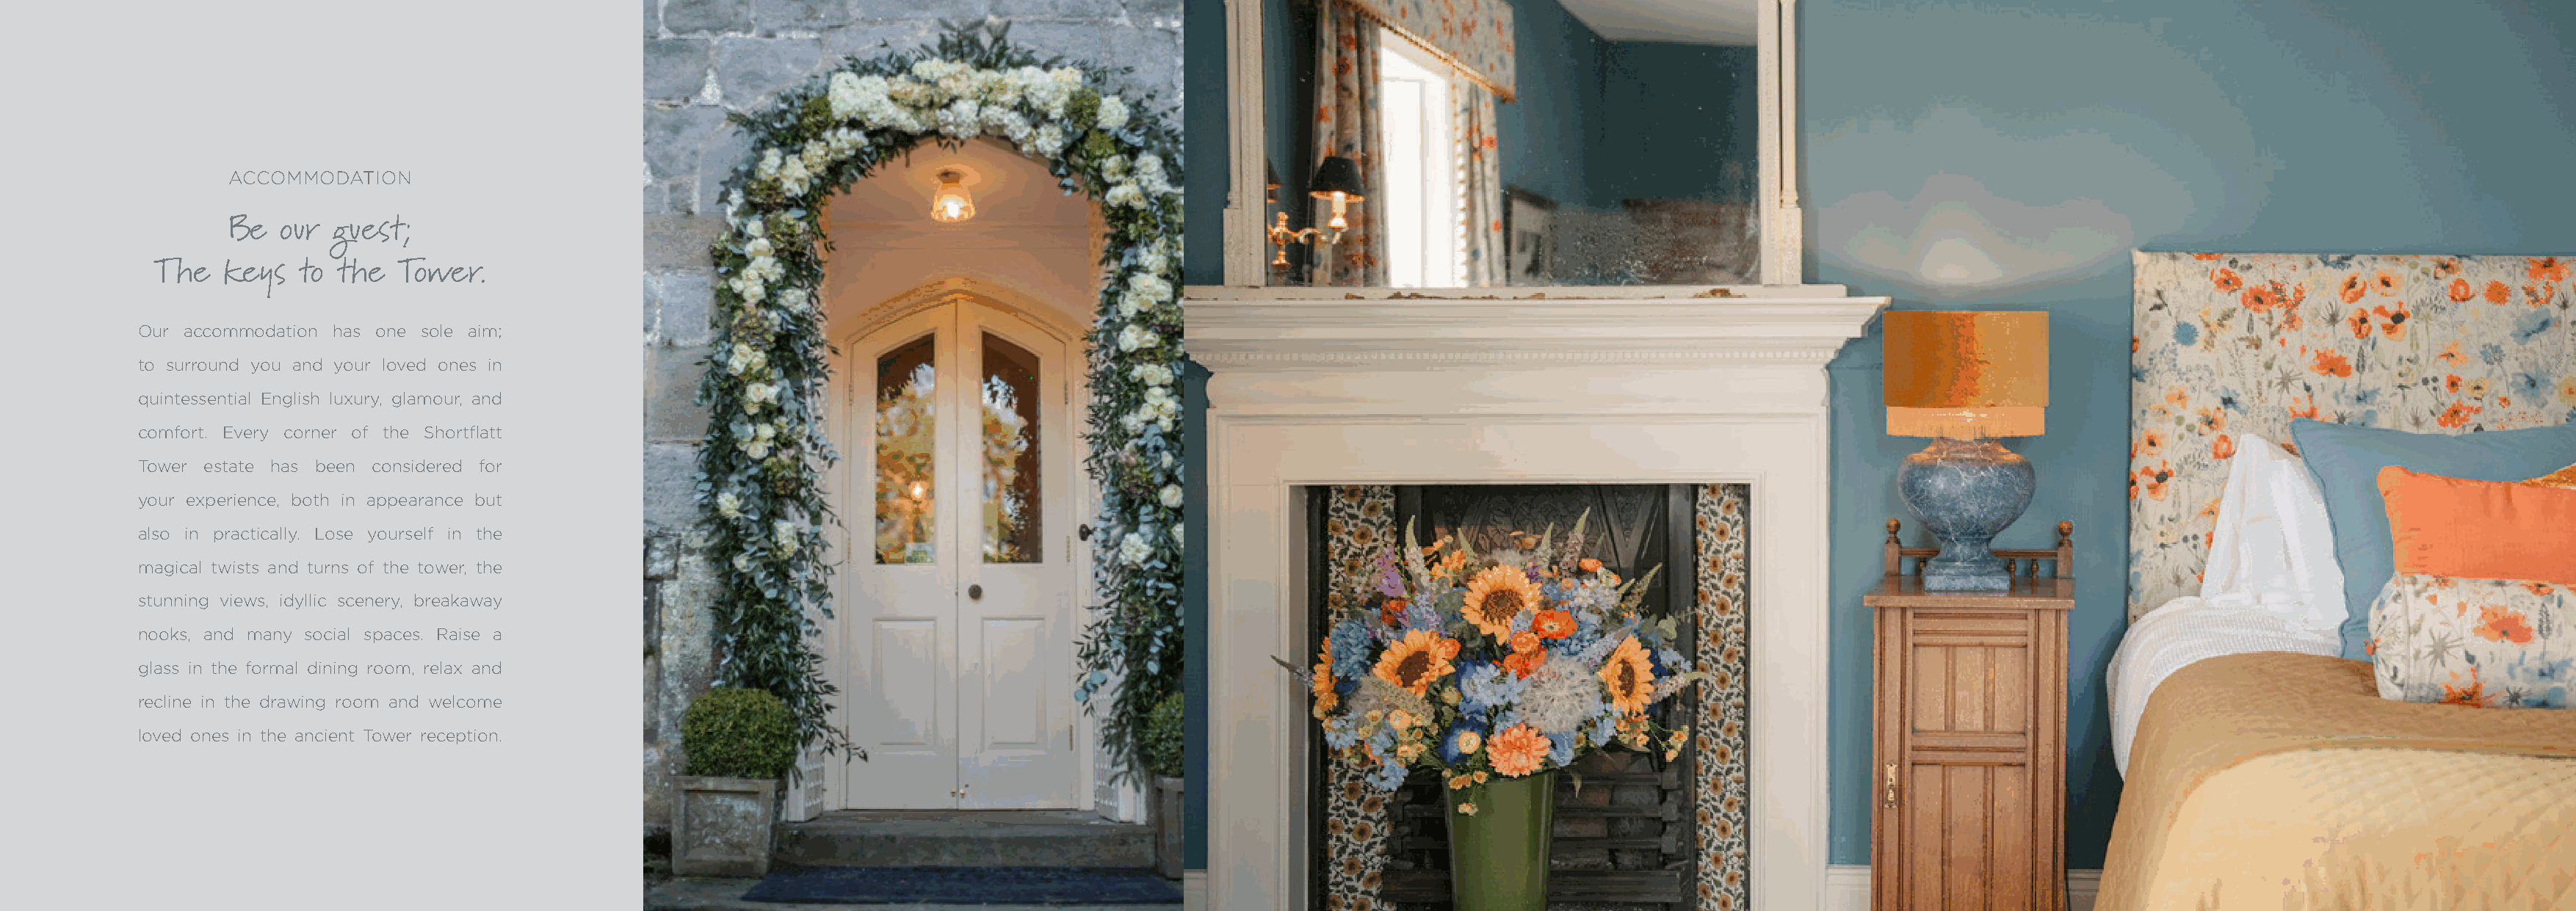
ACCOMMODATION
 Be  our  guest;
 The   keys   to the   Tower.
 Our  accommodation has one sole aim;
 to surround you and your loved ones in
 quintessential English luxury, glamour, and
 comfort. Every corner of the Shortflatt
 Tower estate has been considered for
 your experience, both in appearance but
 also in practically. Lose yourself in the
 magical twists and turns of the tower, the
 stunning views, idyllic scenery, breakaway
 nooks, and many social spaces. Raise a
 glass in the formal dining room, relax and
 recline in the drawing room and welcome
 loved ones in the ancient Tower reception.